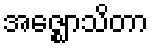
အဇ္ဈောသိတာ